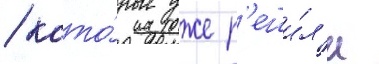
/ кото́рые уже р'еши́л'и